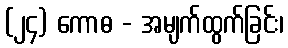
(၂၄) ကောဓ - အမျက်ထွက်ခြင်း၊